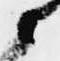
候